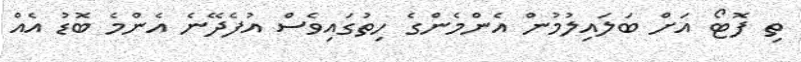
ތި ފޮޓޯ އަށް ބަލައިލުމުން އެންމެންގެ ހިތުގައިވެސް އުފެދޭނެ އެންމެ ބޮޑު އެއް